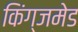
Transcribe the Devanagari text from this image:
किंग्जमेड